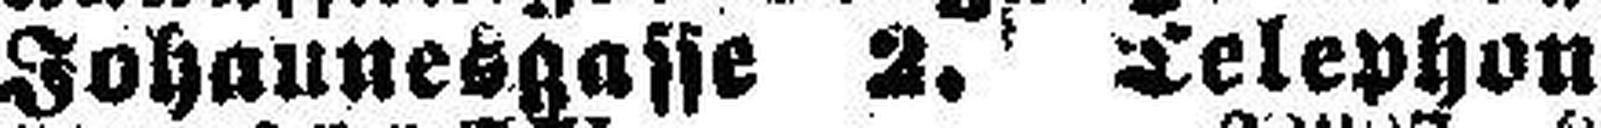
Johannesgasse 2. Telephon